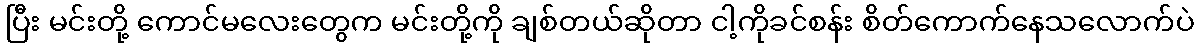
ပြီး မင်းတို့ ကောင်မလေးတွေက မင်းတို့ကို ချစ်တယ်ဆိုတာ ငါ့ကိုခင်စန်း စိတ်ကောက်နေသလောက်ပဲ